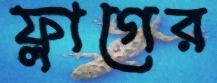
ফ্লাগের